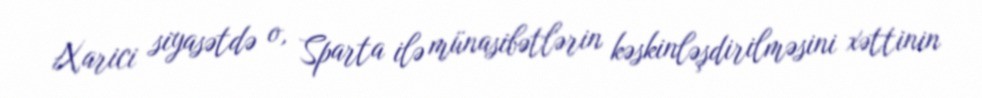
Xarici siyasətdə o, Sparta ilə münasibətlərin kəskinləşdirilməsini xəttinin